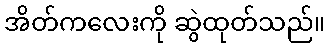
အိတ်ကလေးကို ဆွဲထုတ်သည်။